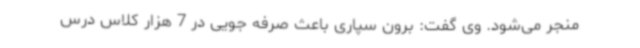
منجر می‌شود. وی گفت: برون سپاری باعث صرفه جویی در 7 هزار کلاس درس